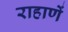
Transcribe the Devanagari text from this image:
राहाणें